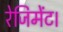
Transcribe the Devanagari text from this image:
रेजिमेंट।